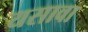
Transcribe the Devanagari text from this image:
यसावा